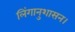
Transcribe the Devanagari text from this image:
लिंगानुशासन।